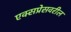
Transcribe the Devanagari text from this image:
एक्सप्रेसवरील